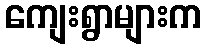
ကျေးရွာများက